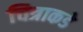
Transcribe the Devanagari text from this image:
चित्राकडे